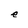
Character: e